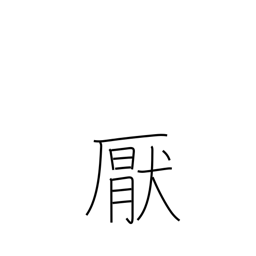
Meaning: satiate